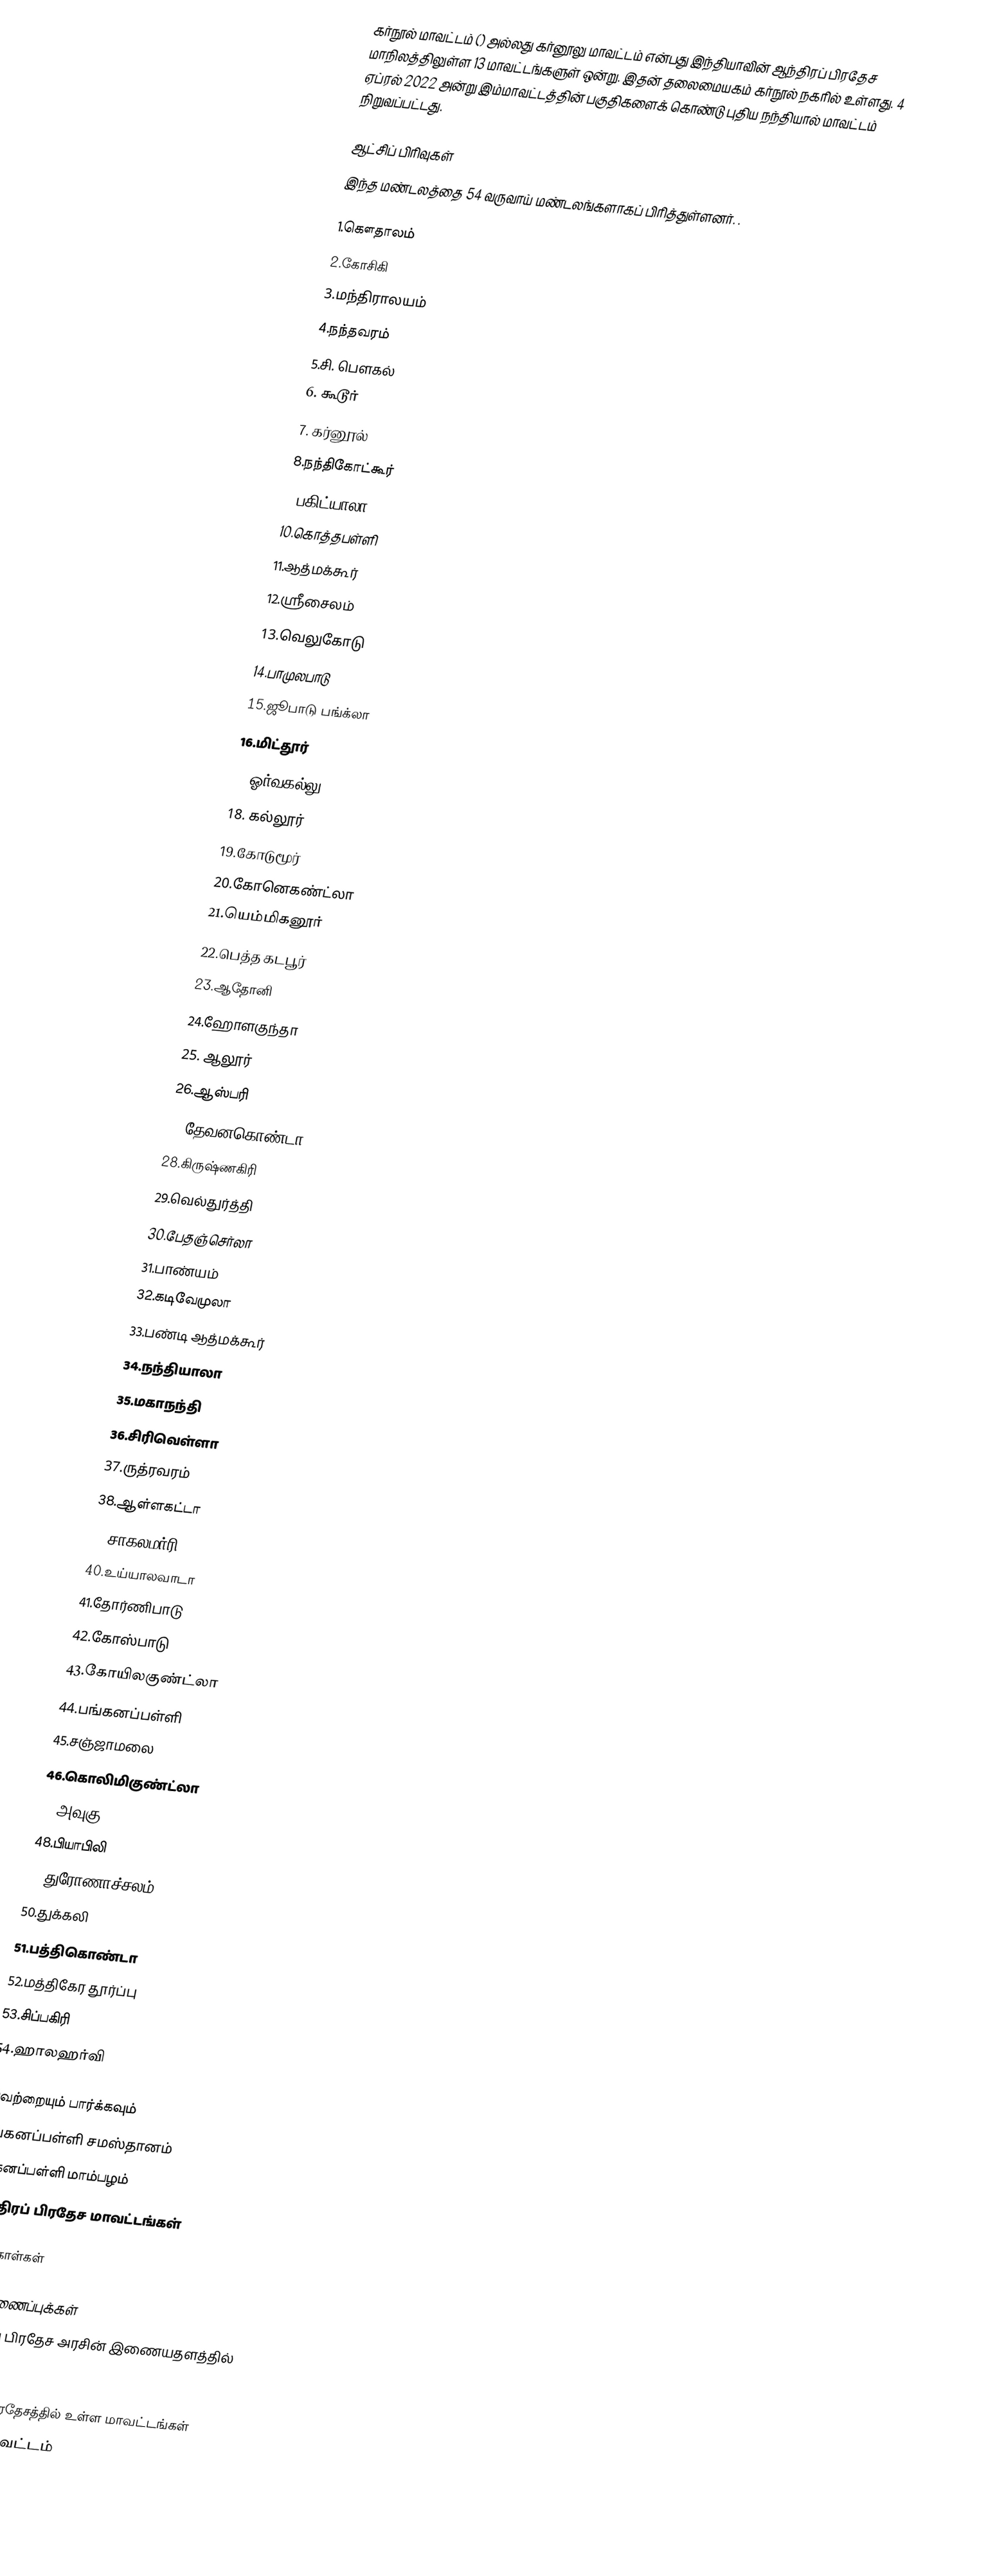
கர்நூல் மாவட்டம் () அல்லது கர்னூலு மாவட்டம் என்பது இந்தியாவின் ஆந்திரப் பிரதேச மாநிலத்திலுள்ள 13 மாவட்டங்களுள் ஒன்று. இதன் தலைமையகம் கர்நூல் நகரில் உள்ளது. 4 ஏப்ரல் 2022 அன்று இம்மாவட்டத்தின் பகுதிகளைக் கொண்டு புதிய நந்தியால் மாவட்டம் நிறுவப்பட்டது.

ஆட்சிப் பிரிவுகள்
இந்த மண்டலத்தை 54 வருவாய் மண்டலங்களாகப் பிரித்துள்ளனர். .

1.கௌதாலம்
2.கோசிகி
3.மந்திராலயம்
4.நந்தவரம்
5.சி. பெளகல்
6. கூடூர்
7. கர்னூல்
8.நந்திகோட்கூர்
9.பகிட்யாலா
10.கொத்தபள்ளி
11.ஆத்மக்கூர்
12.ஸ்ரீசைலம்
13.வெலுகோடு
14.பாமுலபாடு
15.ஜூபாடு பங்க்லா
16.மிட்தூர்
17.ஓர்வகல்லு
18. கல்லூர்
19.கோடுமூர்
20.கோனெகண்ட்லா
21.யெம்மிகனூர்
22.பெத்த கடபூர்
23.ஆதோனி
24.ஹோளகுந்தா
25. ஆலூர்
26.ஆஸ்பரி
27.தேவனகொண்டா
28.கிருஷ்ணகிரி
29.வெல்துர்த்தி
30.பேதஞ்செர்லா
31.பாண்யம்
32.கடிவேமுலா
33.பண்டி ஆத்மக்கூர்
34.நந்தியாலா
35.மகாநந்தி
36.சிரிவெள்ளா
37.ருத்ரவரம்
38.ஆள்ளகட்டா
39.சாகலமர்ரி
40.உய்யாலவாடா
41.தோர்ணிபாடு
42.கோஸ்பாடு
43.கோயிலகுண்ட்லா
44.பங்கனப்பள்ளி
45.சஞ்ஜாமலை
46.கொலிமிகுண்ட்லா
47.அவுகு
48.பியாபிலி
49.துரோணாச்சலம்
50.துக்கலி
51.பத்திகொண்டா
52.மத்திகேர தூர்ப்பு
53.சிப்பகிரி
54.ஹாலஹர்வி

இவற்றையும் பார்க்கவும்
 பங்கனப்பள்ளி சமஸ்தானம்
 பங்கனப்பள்ளி மாம்பழம்
 ஆந்திரப் பிரதேச மாவட்டங்கள்

மேற்கோள்கள்

வெளியிணைப்புக்கள்
 ஆந்திரப் பிரதேச அரசின் இணையதளத்தில்

ஆந்திரப் பிரதேசத்தில் உள்ள மாவட்டங்கள்
கர்நூல் மாவட்டம்